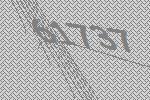
61737